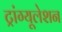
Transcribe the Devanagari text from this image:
ट्रांग्यूलेशन